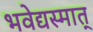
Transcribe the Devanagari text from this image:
भवेद्यस्मात्